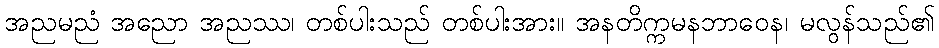
အညမညံ အညော အညဿ၊ တစ်ပါးသည် တစ်ပါးအား။ အနတိက္ကမနဘာဝေန၊ မလွန်သည်၏